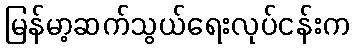
မြန်မာ့ဆက်သွယ်ရေးလုပ်ငန်းက